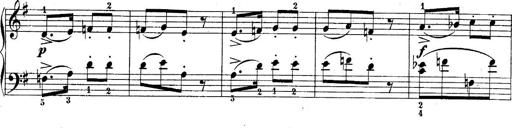
Title: 10 Sonatines progressives
Composer: Anton Schmoll